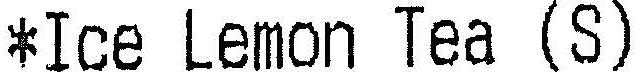
*ICE LEMON TEA (S)